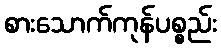
စားသောက်ကုန်ပစ္စည်း